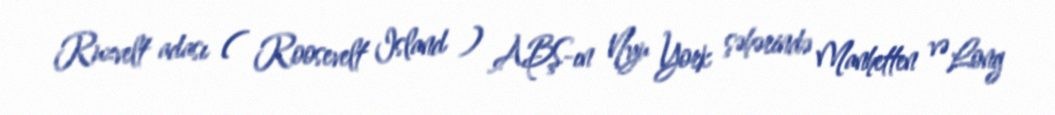
Ruzvelt adası ( Roosevelt Island ) ABŞ-ın Nyu York şəhərində Manhetten və Long